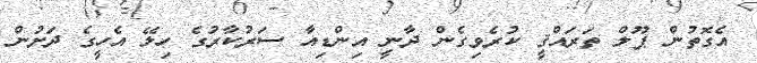
އެގޮތުން ޕޫލް ތަރައްޤީ ކުރެވިގެން ދާނީ އިންޑިއާ ސަރުކާރުގެ ހިލޭ އެހީގެ ދަށުން